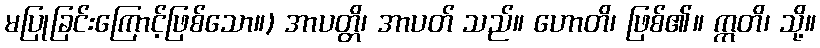
မပြုခြင်းကြောင့်ဖြစ်သော။) အာပတ္တိ၊ အာပတ် သည်။ ဟောတိ၊ ဖြစ်၏။ ဣတိ၊ သို့။